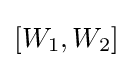
[W_{1},W_{2}]